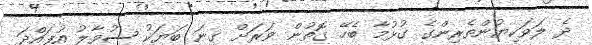
ދެ ލަވަކިޔުންތެރިންގެ ގުޅުމާ ބެހޭ ގޮތުން ވަރަށް ގިނަ ބަޔަކު ސުވާލު އުފައްދަ